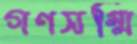
গণসম্মি